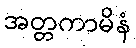
အတ္တကာမိနံ